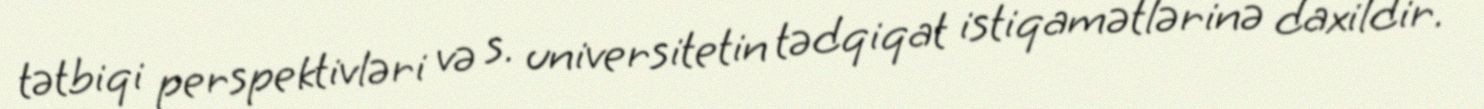
tətbiqi perspektivləri və s. universitetin tədqiqat istiqamətlərinə daxildir.